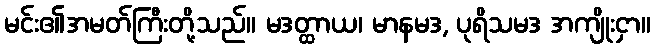
မင်း၏အမတ်ကြီးတို့သည်။ မဒတ္ထာယ၊ မာနမဒ, ပုရိသမဒ အကျိုးငှာ။